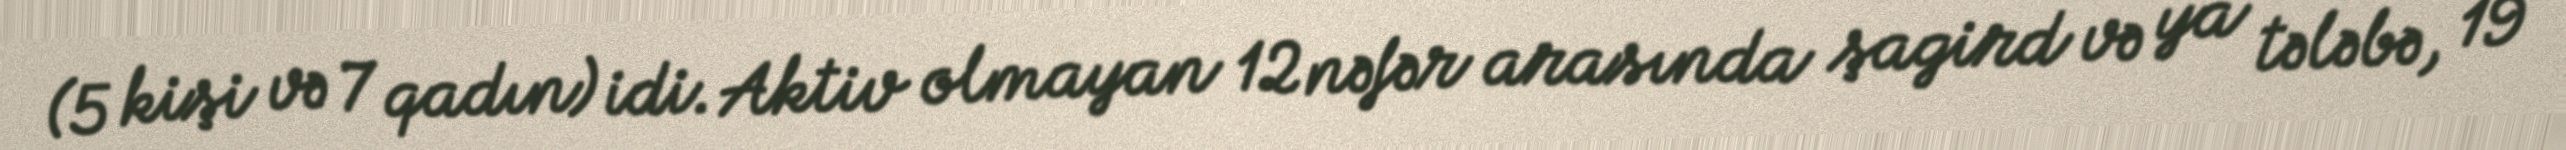
(5 kişi və 7 qadın) idi. Aktiv olmayan 12 nəfər arasında şagird və ya tələbə, 19